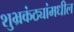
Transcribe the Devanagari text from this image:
शुभ्रकंठ्यांमधील